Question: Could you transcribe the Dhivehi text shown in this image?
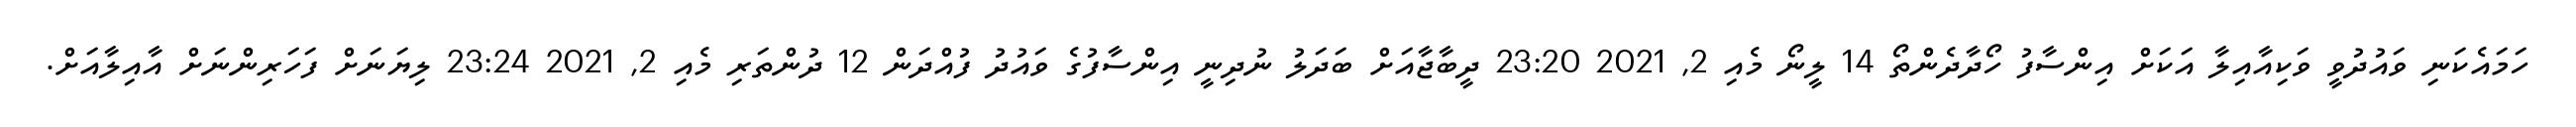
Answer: ހަމައެކަނި ވައުދުވީ ވަކިއާއިލާ އަކަށް އިންސާފު ހޯދާދެންތޯ 14 ލީނޯ މެއި 2, 2021 23:20 ދީބާޖާއަށް ބަދަލު ނުދިނީ އިންސާފުގެ ވައުދު ފުއްދަން 12 ދުންތަރި މެއި 2, 2021 23:24 ލިޔަނަށް ފަހަރިންނަށް އާއިލާއަށް.